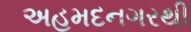
અહમદનગરથી